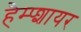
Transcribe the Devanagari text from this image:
हैम्प्शायर